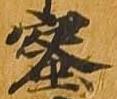
蜜